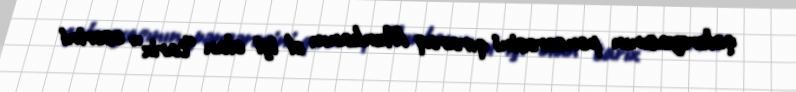
qalereyasının pəncərəsini qıraraq Munkanın əl işi olan “tarix” əsərini